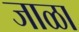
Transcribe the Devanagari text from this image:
जाळा